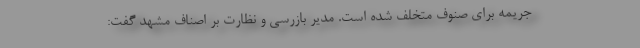
جریمه برای صنوف متخلف شده است. مدیر بازرسی و نظارت بر اصناف مشهد گفت: